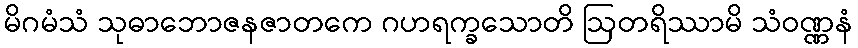
မိဂမံသံ သုဓာဘောဇနဇာတကေ ဂဟရက္ခသောတိ ဩတရိဿာမိ သံဝဏ္ဏနံ